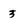
Character: 3